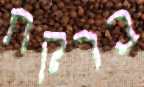
ברקת